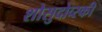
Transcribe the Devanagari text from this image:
शोसुदोव्स्की